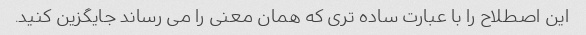
این اصطلاح را با عبارت ساده تری که همان معنی را می رساند جایگزین کنید.